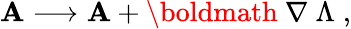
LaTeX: {\mathbf A}\longrightarrow{\mathbf A}+\mathrm{\boldmath~\nabla~}\Lambda\; ,